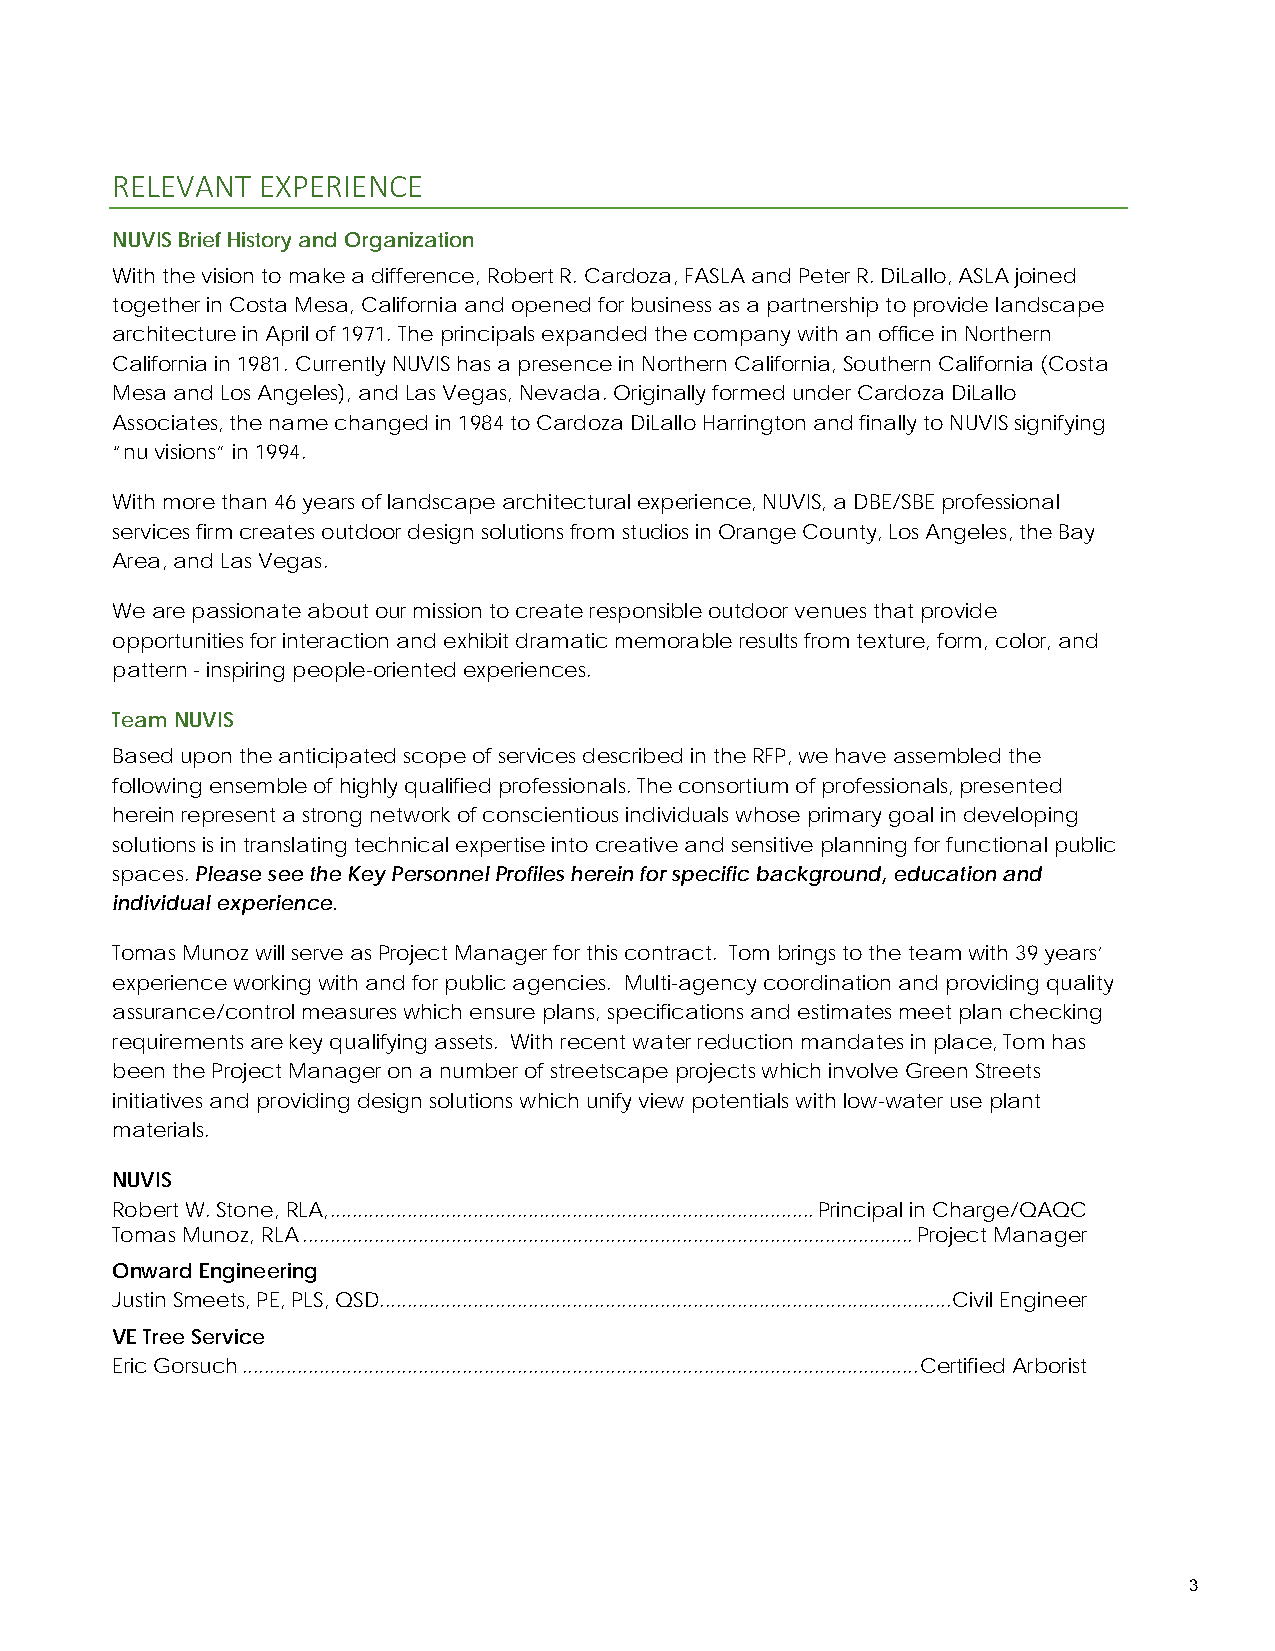
RELEVANT  EXPERIENCE
 NUVIS Brief History and Organization
 With the vision to make a difference, Robert R. Cardoza, FASLA and Peter R. DiLallo, ASLA joined
 together in Costa Mesa, California and opened for business as a partnership to provide landscape
 architecture in April of 1971. The principals expanded the company with an office in Northern
 California in 1981. Currently NUVIS has a presence in Northern California, Southern California (Costa
 Mesa and Los Angeles), and Las Vegas, Nevada. Originally formed under Cardoza DiLallo
 Associates, the name changed in 1984 to Cardoza DiLallo Harrington and finally to NUVIS signifying
 “nu visions” in 1994.
 With more than 46 years of landscape architectural experience, NUVIS, a DBE/SBE professional
 services firm creates outdoor design solutions from studios in Orange County, Los Angeles, the Bay
 Area, and Las Vegas.
 We are passionate about our mission to create responsible outdoor venues that provide
 opportunities for interaction and exhibit dramatic memorable results from texture, form, color, and
 pattern - inspiring people-oriented experiences.
 Team NUVIS
 Based upon the anticipated scope of services described in the RFP, we have assembled the
 following ensemble of highly qualified professionals. The consortium of professionals, presented
 herein represent a strong network of conscientious individuals whose primary goal in developing
 solutions is in translating technical expertise into creative and sensitive planning for functional public
 spaces. Please see the Key Personnel Profiles herein for specific background, education and
 individual experience.
 Tomas Munoz will serve as Project Manager for this contract. Tom brings to the team with 39 years’
 experience working with and for public agencies. Multi-agency coordination and providing quality
 assurance/control measures which ensure plans, specifications and estimates meet plan checking
 requirements are key qualifying assets. With recent water reduction mandates in place, Tom has
 been the Project Manager on a number of streetscape projects which involve Green Streets
 initiatives and providing design solutions which unify view potentials with low-water use plant
 materials.
 NUVIS
 Robert W. Stone, RLA, ........................................................................................ Principal in Charge/QAQC
 Tomas Munoz, RLA ............................................................................................................... Project Manager
 Onward Engineering
 Justin Smeets, PE, PLS, QSD........................................................................................................ Civil Engineer
 VE Tree Service
 Eric Gorsuch ........................................................................................................................... Certified Arborist
 3